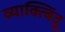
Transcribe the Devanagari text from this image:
व्याक्त्बिंदू